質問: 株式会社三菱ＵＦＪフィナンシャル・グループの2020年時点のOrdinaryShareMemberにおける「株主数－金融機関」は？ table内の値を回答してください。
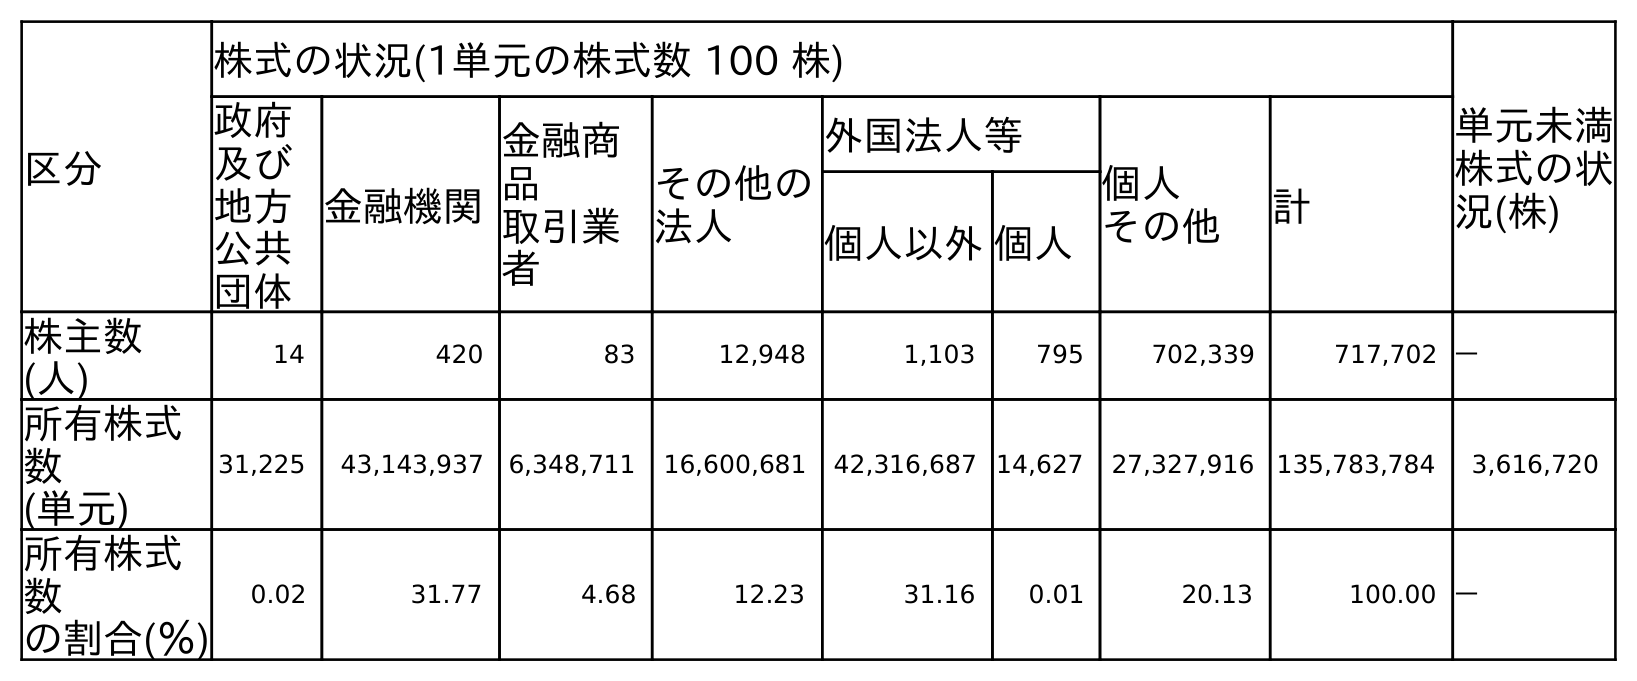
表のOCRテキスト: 区分 株式の状況(1単元の株式数 100 株) 単元未満 株式の状 況(株) 政府 及び 地方 公共 団体 金融機関 金融商 品 取引業 者 その他の 法人 外国法人等 個人 その他 計 個人以外個人 株主数 (人) 14 420 83 12,948 1,103 795 702,339 717,702 ― 所有株式 数 (単元) 31,225 43,143,937 6,348,711 16,600,681 42,316,687 14,627 27,327,916 135,783,784 3,616,720 所有株式 数 の割合(％) 0.02 31.77 4.68 12.23 31.16 0.01 20.13 100.00 ―
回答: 420